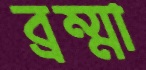
ব্রম্মা